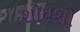
શોધશો